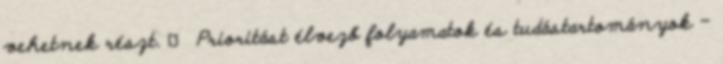
vehetnek részt.  Prioritást élvező folyamatok és tudástartományok –